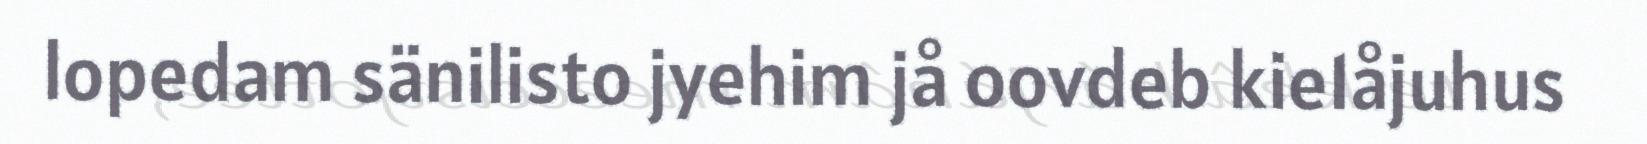
lopedam sänilisto jyehim jå oovdeb kie1åjuhus